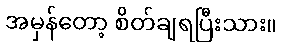
အမှန်တော့ စိတ်ချရပြီးသား။